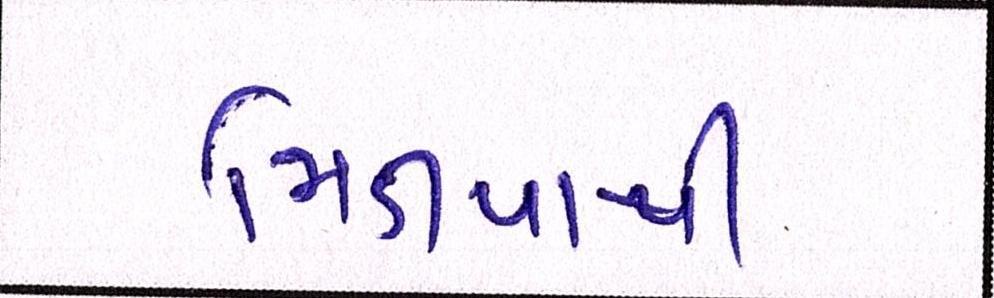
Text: મિડીયાથી